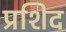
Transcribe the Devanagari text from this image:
प्रशिद